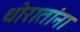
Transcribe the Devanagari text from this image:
थोरातांना